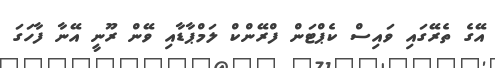
އޭގެ ތެރޭގައި ވައިސް ކެޕްޓަން ފްރޭންކް ލަމްޕާޑާއި ވޭން ރޫނީ އޭނާ ފާހަގަ